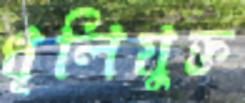
ধূলিযুক্ত